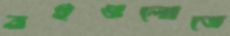
বইগুলোতে